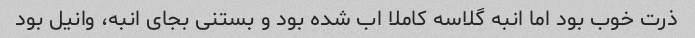
ذرت خوب بود اما انبه گلاسه کاملا اب شده بود و بستنی بجای انبه، وانیل بود